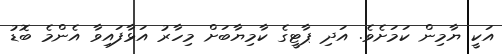
އަކީ ޔާމިން ކަމަށެވެ. އަދި ޕާޓީގެ ކާމިޔާބަށް މިހާރު އަޅާފައިވާ އެންމެ ބޮޑު